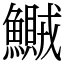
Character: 鱡